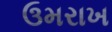
ઉમરાખ